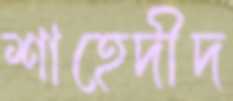
শাহেদীদ